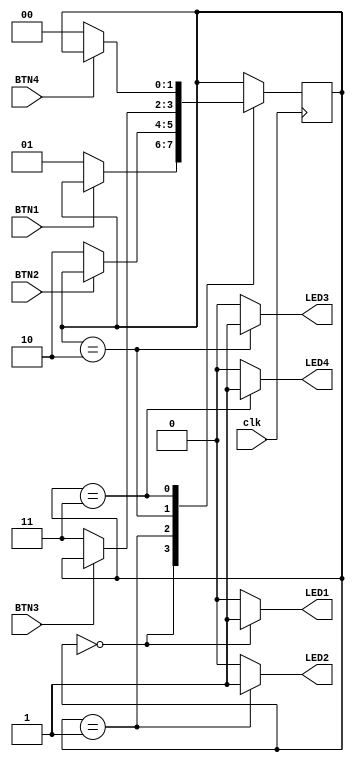
module top
    (
        input clk,
        output reg LED1,
        output reg LED2,
        output reg LED3,
        output reg LED4,
        input BTN1,
        input BTN2,
        input BTN3,
        input BTN4
    );
    
    // Define possible states and current/next state
    parameter STATE_LED1 = 2'b00, STATE_LED2 = 2'b01,
              STATE_LED3 = 2'b10, STATE_LED4 = 2'b11;
    reg [1:0] state = STATE_LED1, next_state;
    
    always @ (posedge clk)
    begin
        // Take over next state
        state <= next_state;
    end
    
    // Combinatorial logic
    // Compute output and next state
    always @ (BTN1, BTN2, BTN3, BTN4, state)
    begin
        // Default values
        LED1 <= 0;
        LED2 <= 0;
        LED3 <= 0;
        LED4 <= 0;
        next_state <= state;
        
        // Go through all states and decide what to do depending on other inputs
        case(state)
            STATE_LED1:
            begin
                LED1 <= 1;
                if(~BTN1)
                    next_state <= STATE_LED2;
            end
            STATE_LED2:
            begin
                LED2 <= 1;
                if(~BTN2)
                    next_state <= STATE_LED3;
            end
            STATE_LED3:
            begin
                LED3 <= 1;
                if(~BTN3)
                    next_state <= STATE_LED4;
            end
            STATE_LED4:
            begin
                LED4 <= 1;
                if(~BTN4)
                    next_state <= STATE_LED1;
            end
        endcase
    end
endmodule